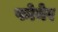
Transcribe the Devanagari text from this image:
फोयेर